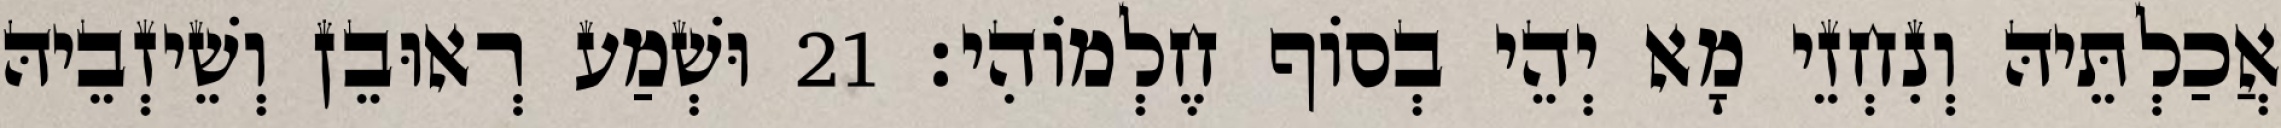
אֲכַלְתֵּיהּ וְנִחְזֵי מָא יְהֵי בְסוֹף חֶלְמוֹהִי׃ 21 וּשְׁמַע רְאוּבֵן וְשֵׁיזְבֵיהּ